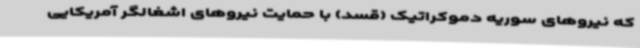
که نیروهای سوریه دموکراتیک (قسد) با حمایت نیروهای اشغالگر آمریکایی